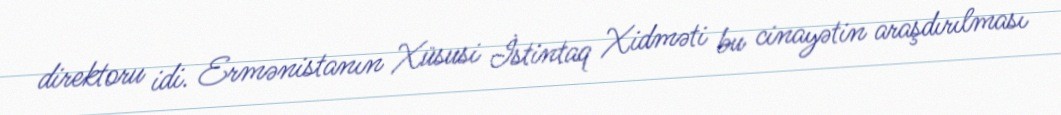
direktoru idi. Ermənistanın Xüsusi İstintaq Xidməti bu cinayətin araşdırılması